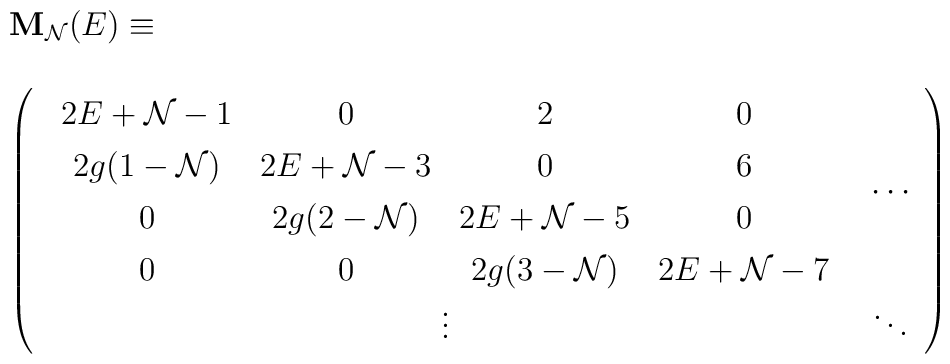
\begin{array}{l}{\bf M}_{{\cal N}}(E) \equiv \\\\\left(\renewcommand{\arraystretch}{1.3}\begin{array}{cc}\begin{array}{cccc}2 E + {\cal N} - 1 & 0 & 2 & 0\\2 g (1- {\cal N} ) & 2E + {\cal N} - 3  & 0 & 6\\0 & 2 g ( 2 - {\cal N}) & 2E + {\cal N} - 5 & 0 \\0 & 0 & 2 g ( 3 - {\cal N}) & 2E + {\cal N} - 7\end{array}& \cdots\\\vdots & \ddots \end{array}\right) \end{array}